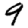
Digit: 9